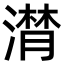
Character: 潸